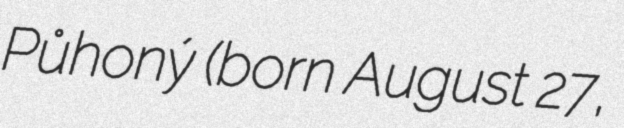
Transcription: Půhoný (born August 27,